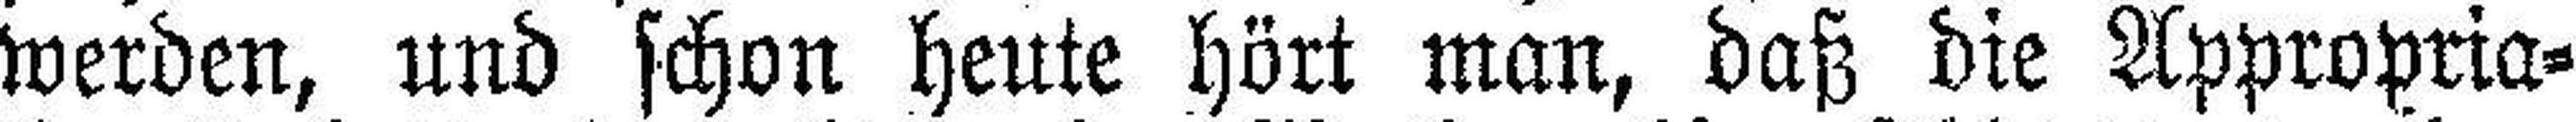
werden, und schon heute hört man, daß die Appropria¬